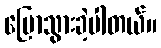
ပြောသွားခဲ့ပါတယ်။